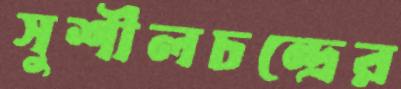
সুশীলচন্দ্রের